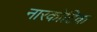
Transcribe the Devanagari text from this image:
नारकोटिक